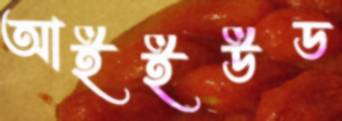
আইইউড